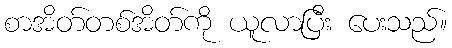
စာအိတ်တစ်အိတ်ကို ယူလာပြီး ပေးသည်။